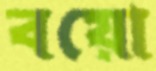
বয়ো